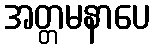
အတ္တမနာပေ